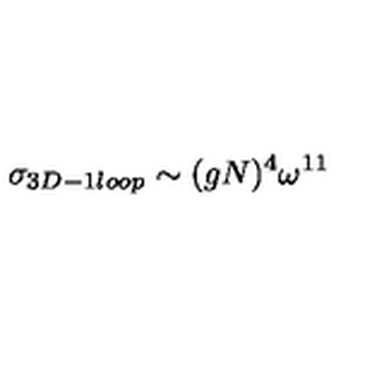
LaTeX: \sigma _ { 3 D - 1 l o o p } \sim ( g N ) ^ { 4 } \omega ^ { 1 1 }